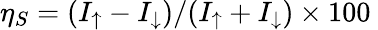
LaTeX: \eta_{S}=(I_{\uparrow}-I_{\downarrow})/(I_{\uparrow}+I_{\downarrow})\times 100\